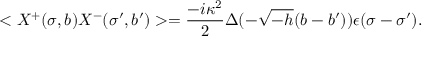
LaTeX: < X ^ { + } ( \sigma , b ) X ^ { - } ( \sigma ^ { \prime } , b ^ { \prime } ) > = \frac { - i \kappa ^ { 2 } } { 2 } \Delta ( - \sqrt { - h } ( b - b ^ { \prime } ) ) \epsilon ( \sigma - \sigma ^ { \prime } ) .